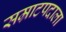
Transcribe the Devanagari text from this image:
सम्राटपदाला